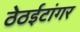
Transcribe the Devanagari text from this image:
ठेठईटांगर